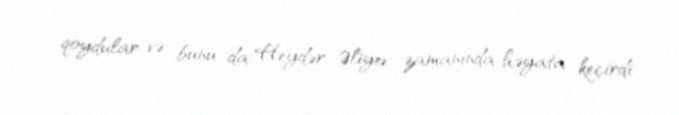
qoydular və bunu da Heydər Əliyev zamanında həyata keçirdi.